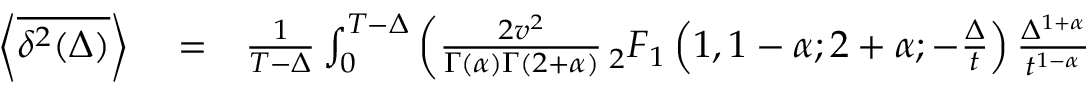
\begin{array} { r l r } { \left< \overline { { \delta ^ { 2 } ( \Delta ) } } \right> } & { { } = } & { \frac { 1 } { T - \Delta } \int _ { 0 } ^ { T - \Delta } \left( \frac { 2 v ^ { 2 } } { \Gamma ( \alpha ) \Gamma ( 2 + \alpha ) } \, _ { 2 } F _ { 1 } \left( 1 , 1 - \alpha ; 2 + \alpha ; - \frac { \Delta } { t } \right) \frac { \Delta ^ { 1 + \alpha } } { t ^ { 1 - \alpha } } \right. } \end{array}